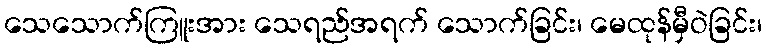
သေသောက်ကြူးအား သေရည်အရက် သောက်ခြင်း၊ မေထုန်မှီဝဲခြင်း၊